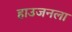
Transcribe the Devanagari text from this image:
हाउजनला